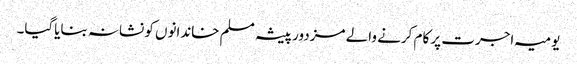
یومیہ اجرت پر کام کرنے والے مزدور پیشہ مسلم خاندانوں کو نشانہ بنایاگیا۔